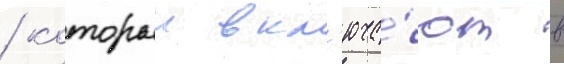
/ которыи вкл'юча́ют в